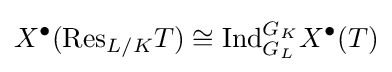
X^{\bullet }(\mathrm {Res} _{L/K}T)\cong \mathrm {Ind} _{G_{L}}^{G_{K}}X^{\bullet }(T)